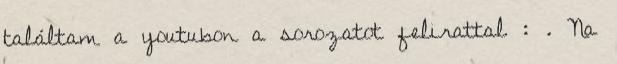
találtam a youtubon a sorozatot felirattal : . Na